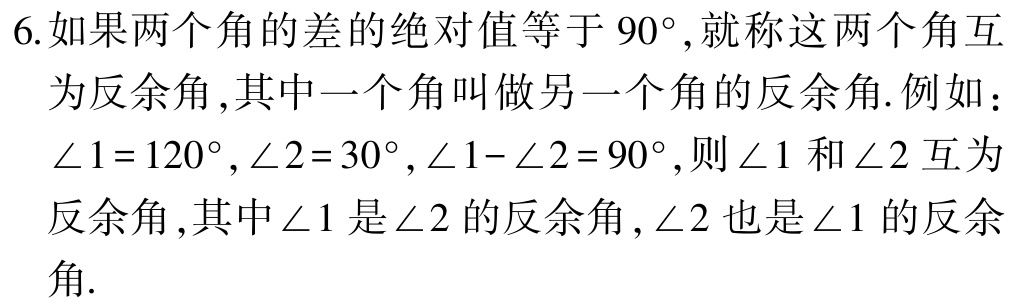
6.如果两个角的差的绝对值等于 \(90^{\circ}\),就称这两个角互为反余角,其中一个角叫做另一个角的反余角.例如：\(\angle 1 = 120^{\circ},\angle 2 = 30^{\circ},\angle 1-\angle 2 = 90^{\circ}\),则\(\angle 1\)和\(\angle 2\)互为反余角,其中\(\angle 1\)是\(\angle 2\)的反余角,\(\angle 2\)也是\(\angle 1\)的反余角.